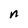
Character: n